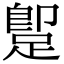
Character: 𨂢